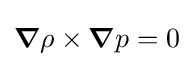
{\boldsymbol {\nabla }}\rho \times {\boldsymbol {\nabla }}p=0